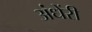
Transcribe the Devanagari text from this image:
अंधेंरी